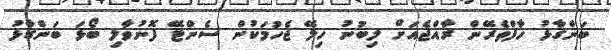
ބަންގާޅު ހާފްތެރޭން ރާއްޖެއަށް ލިބުނު ހިލޭ ޖެހުމަކުން ސެންޓޭ ފޮނުވާލި ބޯޅަ ބަންގާޅު